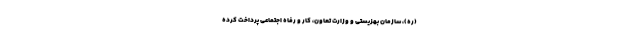
(ره)، سازمان بهزیستی و وزارت تعاون، کار و رفاه اجتماعی پرداخت کرده